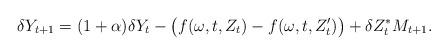
LaTeX: \begin{align*}\delta Y_{t+1} = (1 + \alpha)\delta Y_t - \big(f(\omega,t,Z_t) - f(\omega,t,Z'_t)\big) + \delta Z_t^{\ast}M_{t+1}.\end{align*}